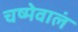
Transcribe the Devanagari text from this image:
चष्मेवालं